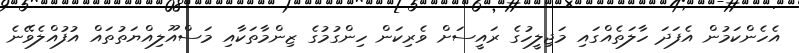
އެހެންކަމުން އެފަދަ ހާލަތެއްގައި މަޖިލީހުގެ ރައީސަށް ވެރިކަން ހިންގުމުގެ ޒިންމާތަކާއި މަސްއޫލިއްޔަތުތައް އުފުއްލެވޭނެ